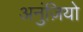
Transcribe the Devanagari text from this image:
अनुंज़ियो